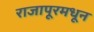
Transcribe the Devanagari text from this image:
राजापूरमधून